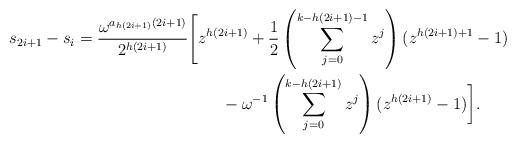
LaTeX: \begin{align*}s_{2i+1}-s_i &= \frac{\omega^{a_{h(2i+1)}(2i+1)}}{2^{h(2i+1)}} \Biggl[z^{h(2i+1)} + \frac{1}{2}\left(\sum_{j=0}^{k-h(2i+1)-1}z^j\right) (z^{h(2i+1)+1}-1)\\ &\quad\qquad\qquad\qquad\qquad-\omega^{-1}\left(\sum_{j=0}^{k-h(2i+1)}z^j\right) (z^{h(2i+1)}-1)\biggr]. \end{align*}